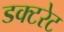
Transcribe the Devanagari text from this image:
डक्टरेट